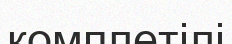
комплетілі